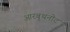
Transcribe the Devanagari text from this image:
आरबुथनोट